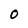
Character: 0